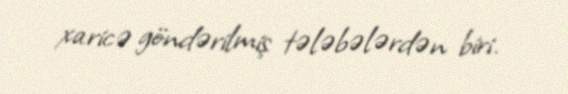
xaricə göndərilmiş tələbələrdən biri.